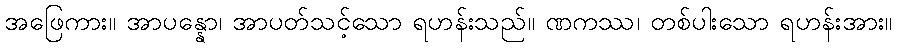
အဖြေကား။ အာပန္နော၊ အာပတ်သင့်သော ရဟန်းသည်။ ဏကဿ၊ တစ်ပါးသော ရဟန်းအား။